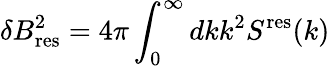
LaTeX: \delta B_{\mathrm{res}}^{2}=4\pi\int_{0}^{\infty}dkk^{2}S^{\mathrm{res}}(k)